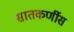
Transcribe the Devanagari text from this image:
सातकर्णीस